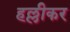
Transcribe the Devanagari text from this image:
हल्लीकर